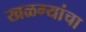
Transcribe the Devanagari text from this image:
खळग्यांचा